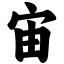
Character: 宙